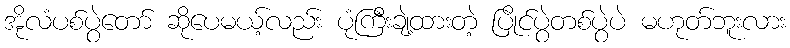
အိုလံပစ်ပွဲတော် ဆိုပေမယ့်လည်း ပုံကြီးချဲ့ထားတဲ့ ပြိုင်ပွဲတစ်ပွဲပဲ မဟုတ်ဘူးလား